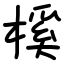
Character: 榽